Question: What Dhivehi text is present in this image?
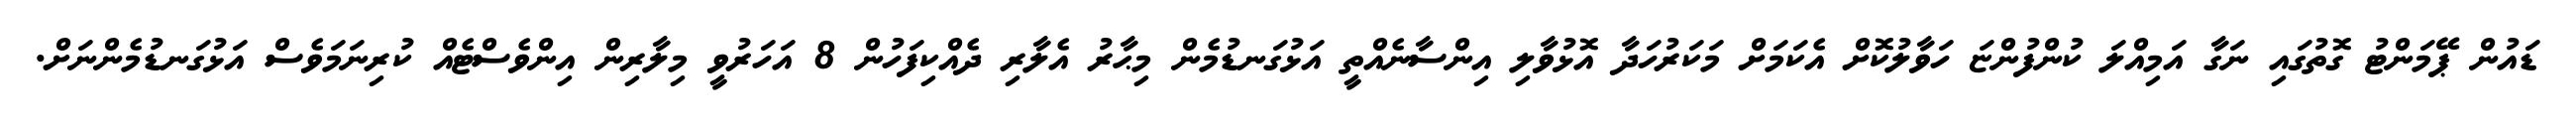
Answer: ޑައުން ޕޭމަންޓު ގޮތުގައި ނަގާ އަމިއްލަ ކުންފުންޏަ ހަވާލުކޮށް އެކަމަށް މަކަރުހަދާ އޮޅުވާލި އިންސާނެއްތީ އަޅުގަނޑުމެން މިޙާރު އެލާރި ދެއްކިފަހުން 8 އަހަރުވީ މިލާރިން އިންވެސްޓެއް ކުރިނަމަވެސް އަޅުގަނޑުމެންނަށް.